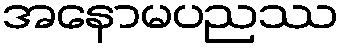
အနောမပညဿ